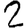
Digit: 2